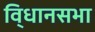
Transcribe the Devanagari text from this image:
वि्धानसभा